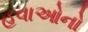
હવાઓનો